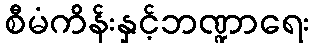
စီမံကိန်းနှင့်ဘဏ္ဍာရေး